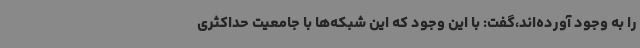
را به وجود آورده‌اند،گفت: با این وجود که این شبکه‌ها با جامعیت حداکثری